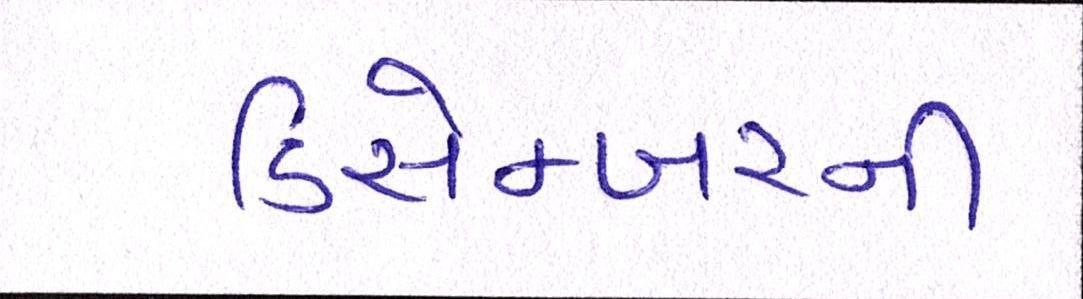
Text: ડિસેમ્બરની